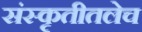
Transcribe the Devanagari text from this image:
संस्कृतीतलेच